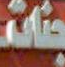
جنائد